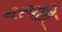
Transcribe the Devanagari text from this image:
नस्पति